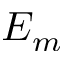
E _ { m }